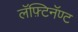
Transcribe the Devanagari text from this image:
लॅफ़्टिनॅण्ट